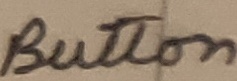
Text: Button